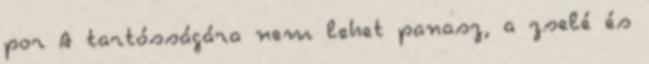
por A tartósságára nem lehet panasz, a zselé és